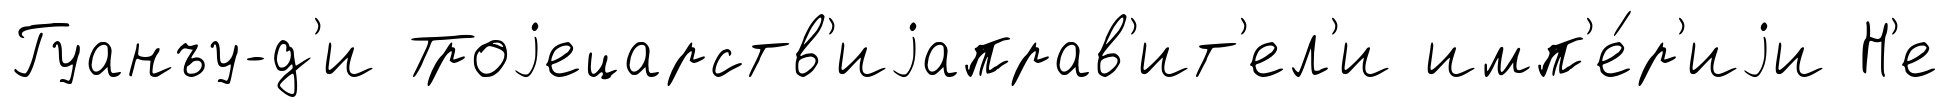
Гуанъу-д'и Троjецарств'иjаправ'ит'ел'и имп'е́р'иjи Н'е